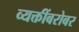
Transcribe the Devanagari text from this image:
व्यक्तींबरोबर